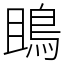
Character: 鴡